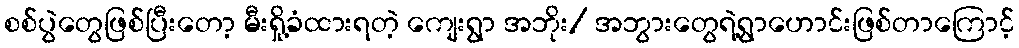
စစ်ပွဲတွေဖြစ်ပြီးတော့ မီးရှို့ခံထားရတဲ့ ကျေးရွာ အဘိုး/ အဘွားတွေရဲ့ရွာဟောင်းဖြစ်တာကြောင့်